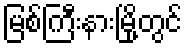
မြစ်ကြီးနားမြို့တွင်